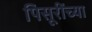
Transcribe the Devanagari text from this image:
पिसूरींच्या